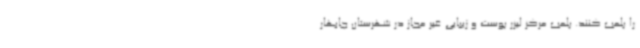
را پلمب کنند. پلمب مرکز لیزر پوست و زیبایی غیر مجاز در شهرستان چابهار